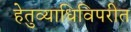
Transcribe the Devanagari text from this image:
हेतुव्याधिविपरीत